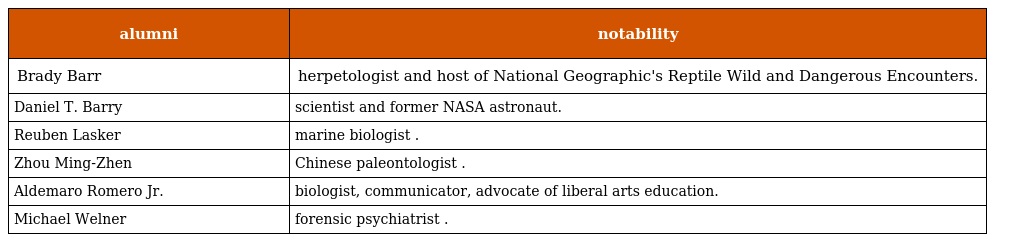
| alumni | notability |
 | --- | --- |
 | Brady Barr | herpetologist and host of National Geographic's Reptile Wild and Dangerous Encounters. |
 | Daniel T. Barry | scientist and former NASA astronaut. |
 | Reuben Lasker | marine biologist . |
 | Zhou Ming-Zhen | Chinese paleontologist . |
 | Aldemaro Romero Jr. | biologist, communicator, advocate of liberal arts education. |
 | Michael Welner | forensic psychiatrist . |